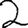
Digit: 2